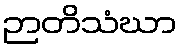
ဉာတိသံဃာ